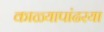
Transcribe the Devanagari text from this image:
काळ्यापांढरया